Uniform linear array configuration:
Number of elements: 12
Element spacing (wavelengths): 0.25
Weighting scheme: exponential
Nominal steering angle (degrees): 15
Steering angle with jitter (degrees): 15.203
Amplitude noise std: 0.05
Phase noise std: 0.05

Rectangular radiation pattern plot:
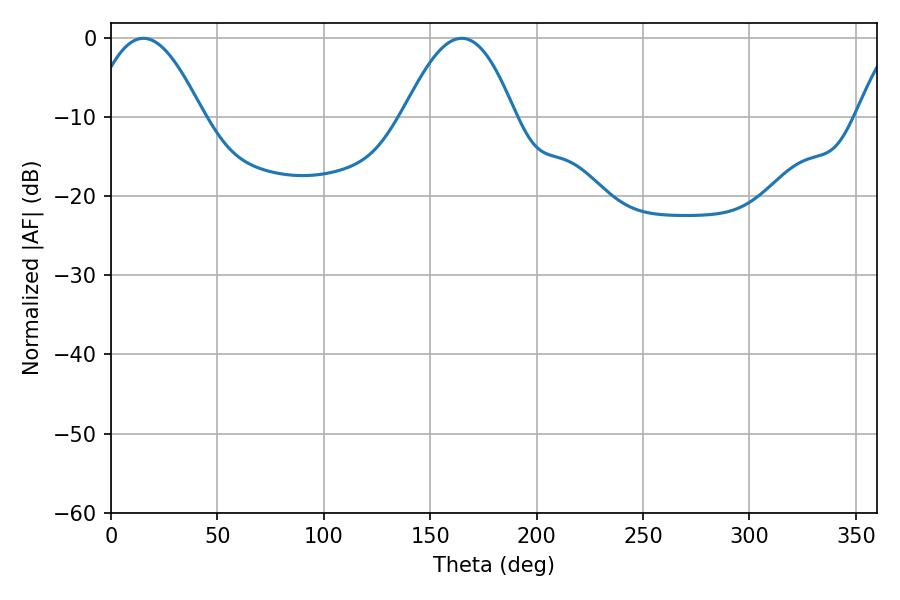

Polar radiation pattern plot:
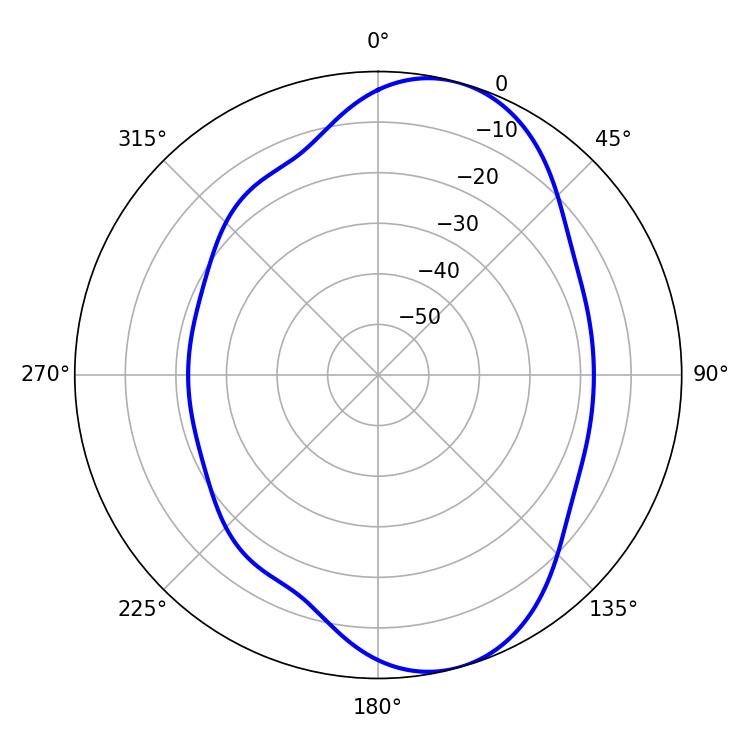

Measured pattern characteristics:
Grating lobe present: FALSE
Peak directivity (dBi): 8.205
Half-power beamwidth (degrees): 28.44
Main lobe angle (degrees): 15.3